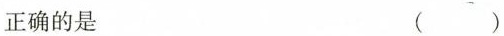
正确的是 ( )